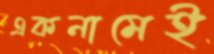
একনামেই